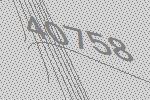
40758